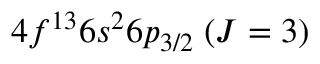
4 f ^ { 1 3 } 6 s ^ { 2 } 6 p _ { 3 / 2 } \; ( J = 3 )